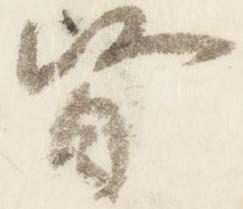
督